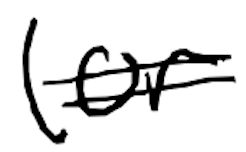
Text: (or
Cross-out: double-line
Writing tool: digital_black